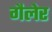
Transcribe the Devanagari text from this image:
गैलेर